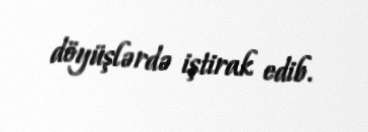
döyüşlərdə iştirak edib.